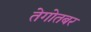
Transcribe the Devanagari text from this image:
तेगोतबर